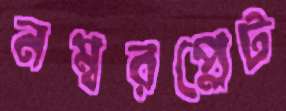
নম্বরপ্লেট